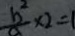
\frac { b ^ { 2 } } { a } \times 2 = 1